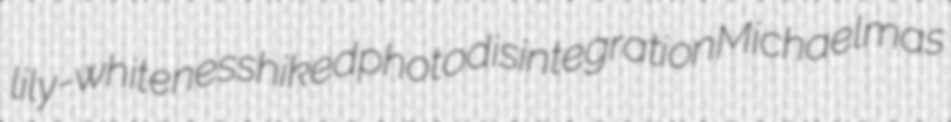
lily-whiteness hiked photodisintegration Michaelmas